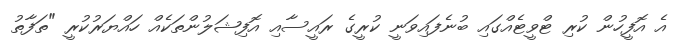
އެ އޮފީހުން ކުރި ޓްވީޓެއްގައި ބުނެފައިވަނީ ކުރީގެ ރައީސާއި އޮފިޝަލުންތަކެއް ހައްޔަރުކުރީ "ތަފާތު